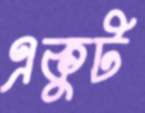
একুট